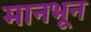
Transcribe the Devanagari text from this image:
मानभून